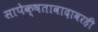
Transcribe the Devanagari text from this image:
सापेक्षतावादावरही